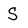
Character: S